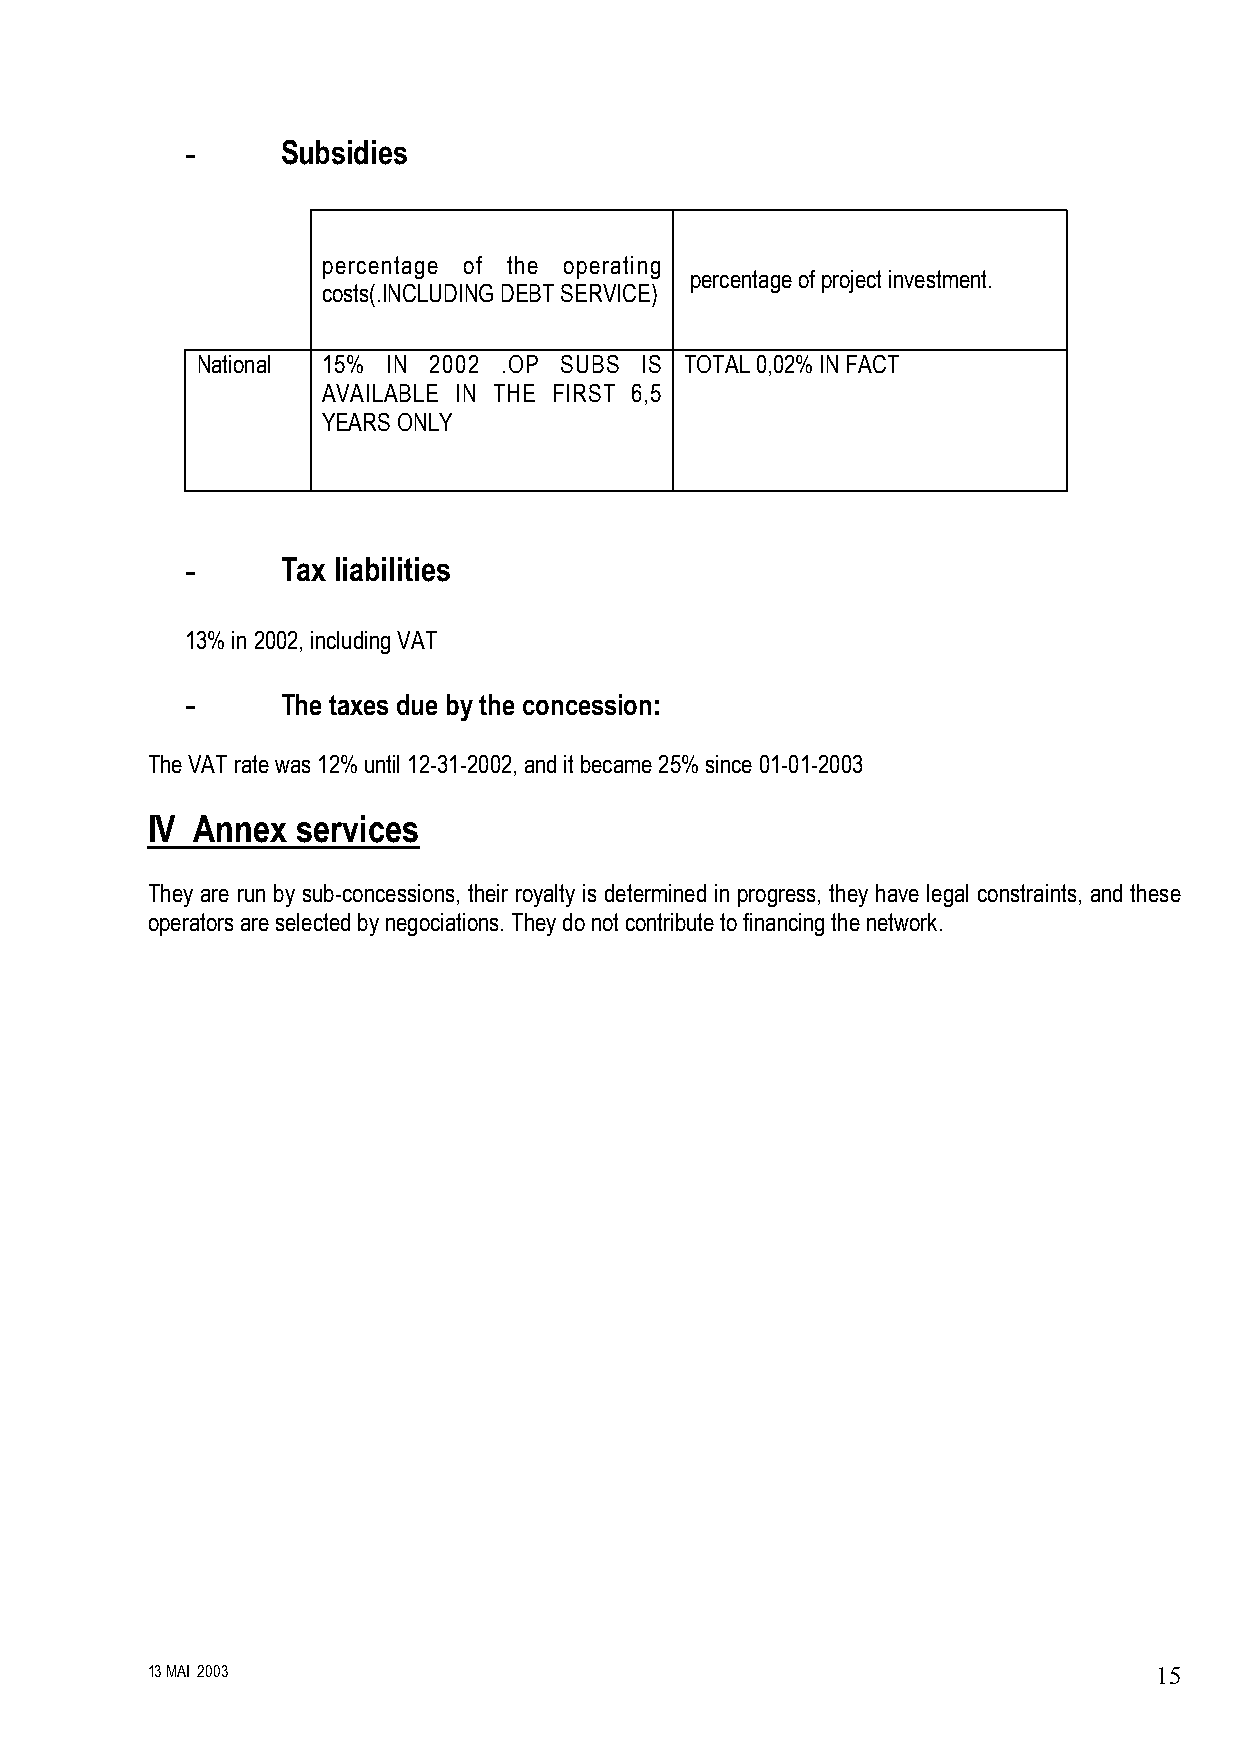
-      Subsidies
 percentage of the operating
 percentage of project investment.
 costs(.INCLUDING DEBT SERVICE)
 National 15% IN 2002 .OP SUBS IS TOTAL 0,02% IN FACT
 AVAILABLE IN THE FIRST 6,5
 YEARS ONLY
 -      Tax liabilities
 13% in 2002, including VAT
 -      The taxes due by the concession:
 The VAT rate was 12% until 12-31-2002, and it became 25% since 01-01-2003
 IV Annex  services
 They are run by sub-concessions, their royalty is determined in progress, they have legal constraints, and these
 operators are selected by negociations. They do not contribute to financing the network.
 13 MAI 2003                                                        15